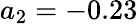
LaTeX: a_{2}=-0.23